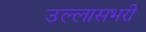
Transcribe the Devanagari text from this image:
उल्लासभरी